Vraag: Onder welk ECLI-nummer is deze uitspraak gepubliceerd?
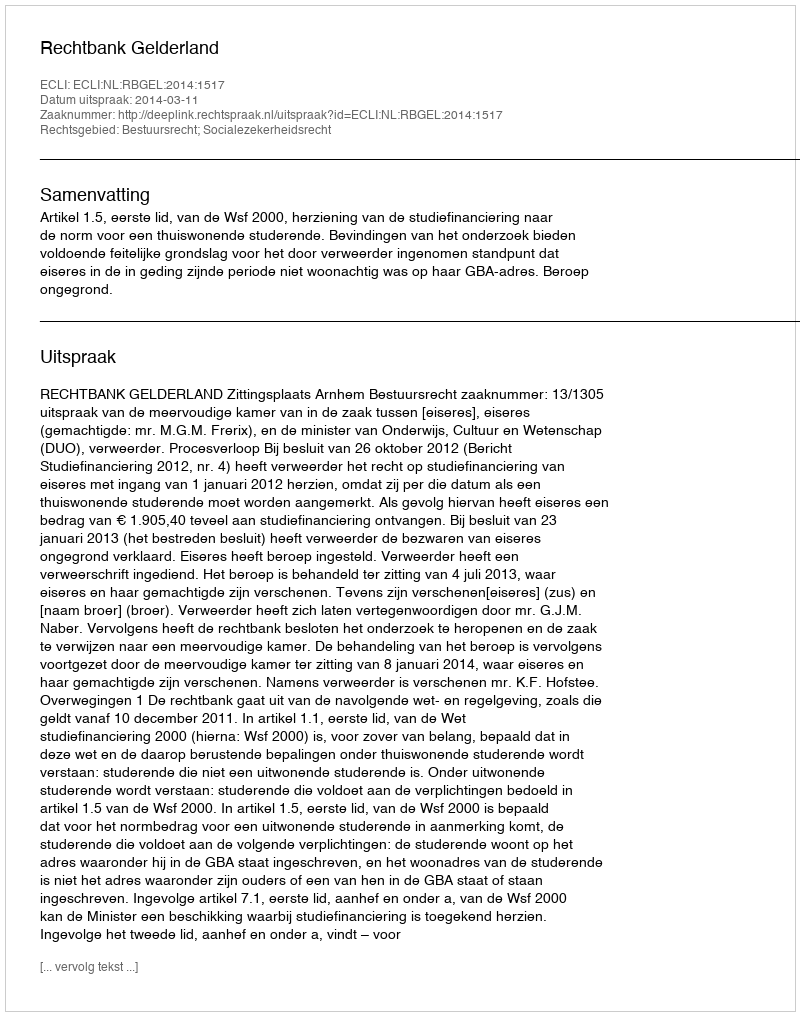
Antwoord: ECLI:NL:RBGEL:2014:1517